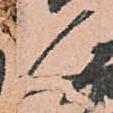
人